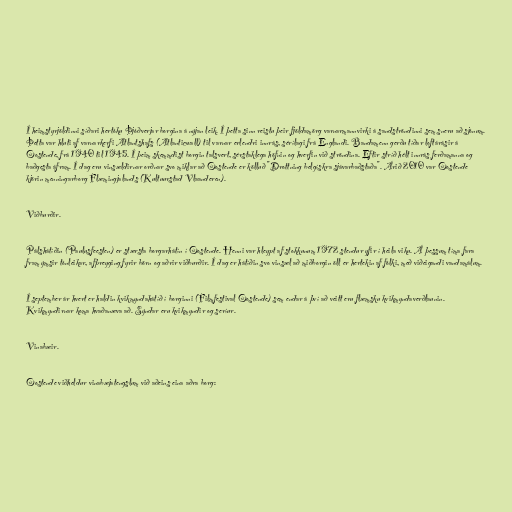
Í heimstyrjöldinni síðari hertóku Þjóðverjar borgina á nýjan leik. Í þetta sinn reistu þeir fjöldamörg varnarmannvirki á sandströndinni sem sneru að sjónum.
Þetta var hluti af varnarkerfi Atlantshafs (Atlanticwall) til varnar erlendri innrás, sérílagi frá Englandi. Bandamenn gerðu tíðar loftárásir á
Oostende, frá 1940 til 1945. Í þeim skemmdist borgin talsvert, sérstaklega höfnin og hverfin við ströndina. Eftir stríð hélt innrás ferðamanna og
baðgesta áfram. Í dag eru vinsældirnar orðnar svo miklar að Oostende er kölluð "Drottning belgískra sjávarbaðstaða". Árið 2010 var Oostende
kjörin menningarborg Flæmingjalands (Kultuurstad Vlaanderen).

Viðburðir.

Pálshátíðin (Paulusfeesten) er stærsta borgarhátín í Oostende. Henni var hleypt af stokkunum 1972 stendur yfir í heila viku. Á þessum tíma fara
fram ýmsir tónleikar, afþreyging fyrir börn og aðrir viðburðir. Í dag er hátíðin svo vinsæl að miðborgin öll er hertekin af fólki, með viðeigandi vandamálum.

Í september ár hvert er haldin kvikmyndahátíð í borginni (Filmfestival Oostende) sem endar á því að veitt eru flæmsku kvikmyndaverðlaunin.
Kvikmyndirnar koma hvaðanæva að. Sýndar eru kvikmyndir og seríur.

Vinabæir.

Oostende viðheldur vinabæjatengslum við aðeins eina aðra borg: